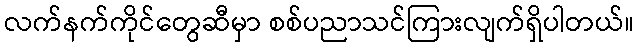
လက်နက်ကိုင်တွေဆီမှာ စစ်ပညာသင်ကြားလျက်ရှိပါတယ်။